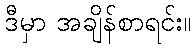
ဒီမှာ အချိန်စာရင်း။